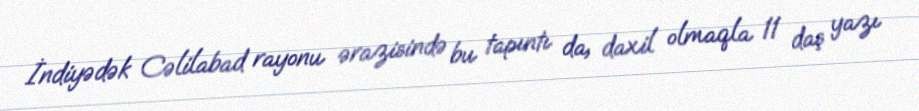
İndiyədək Cəlilabad rayonu ərazisində bu tapıntı da, daxil olmaqla 11 daş yazı